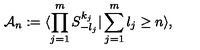
{ \cal A } _ { n } : = \langle \prod _ { j = 1 } ^ { m } S _ { - l _ { j } } ^ { k _ { j } } | \sum _ { j = 1 } ^ { m } l _ { j } \geq n \rangle ,